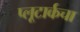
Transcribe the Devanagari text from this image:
प्लूटार्कचा